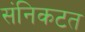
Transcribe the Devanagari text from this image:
संनिकटत